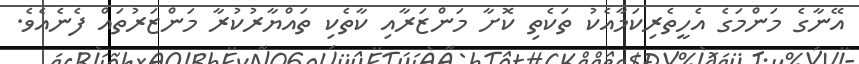
އޭނާގެ މަންމަގެ އެހީތެރިކަމާއެކު ތަކެތި ކޮށާ މަންޒަރާއި ކާތެކި ތައްޔާރުކުރާ މަންޒަރުތައް ފެނެއެވެ.